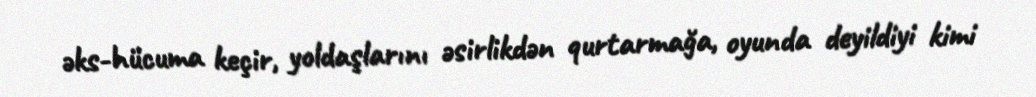
əks-hücuma keçir, yoldaşlarını əsirlikdən qurtarmağa, oyunda deyildiyi kimi